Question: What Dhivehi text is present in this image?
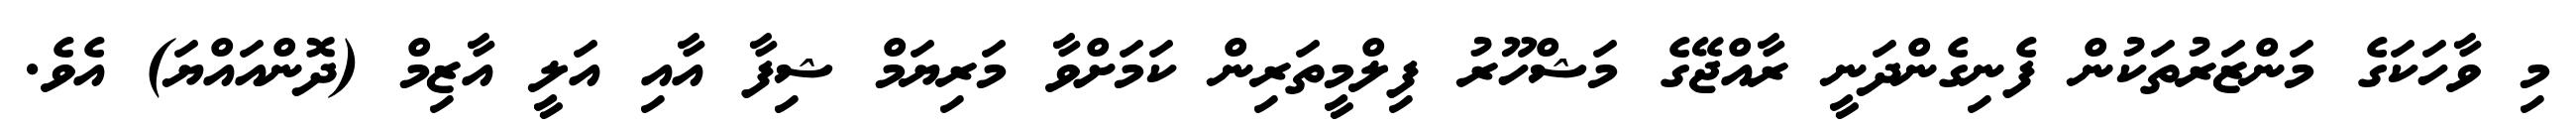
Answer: މި ވާހަކަގެ މަންޒަރުތަކުން ފެނިގެންދަނީ ރާއްޖޭގެ މަޝްހޫރު ފިލްމީތަރިން ކަމަށްވާ މަރިޔަމް ޝިފާ އާއި އަލީ އާޒިމް (ދޮންއައްޔަ) އެވެ.